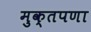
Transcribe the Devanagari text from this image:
मुक्तपणा